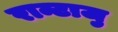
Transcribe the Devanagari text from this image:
रान्टाजु